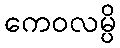
ကေဝလမ္ပိ